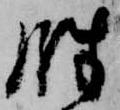
余